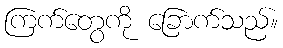
ကြက်တွေကို ခြောက်သည်။